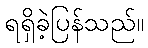
ရရှိခဲ့ပြန်သည်။